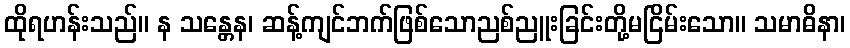
ထိုရဟန်းသည်။ န သန္တေန၊ ဆန့်ကျင်ဘက်ဖြစ်သောညစ်ညူးခြင်းတို့မငြိမ်းသော။ သမာဓိနာ၊